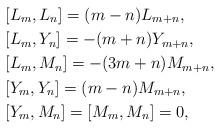
LaTeX: \begin{align*}&[L_{m},L_{n}]=(m-n)L_{m+n},\\&[L_{m},Y_{n}]=-(m+n)Y_{m+n},\\&[L_{m},M_{n}]=-(3m+n)M_{m+n},\\&[Y_{m},Y_{n}]=(m-n)M_{m+n},\\&[Y_{m},M_{n}]=[M_{m},M_{n}]=0,\end{align*}